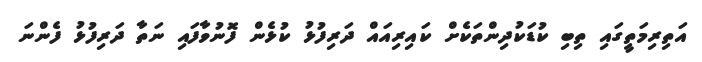
އަތިރިމަތީގައި ތިބި ކުޑަކުދިންތަކެށް ކައިރިއައް ދަރިފުޅު ކުޅެން ފޮނުވާފައި ނަތާ ދަރިފުޅު ފެންނަ